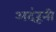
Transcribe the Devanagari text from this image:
अदंरूनी